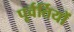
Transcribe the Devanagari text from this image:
पूर्वर्तियों